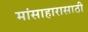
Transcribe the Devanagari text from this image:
मांसाहारासाठी